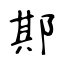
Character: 𨛺